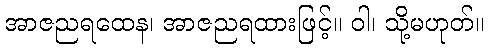
အာဇညရထေန၊ အာဇညရထားဖြင့်။ ဝါ၊ သို့မဟုတ်။